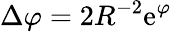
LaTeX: \Delta\varphi=2R^{-2}\mathrm{e}^{\varphi}